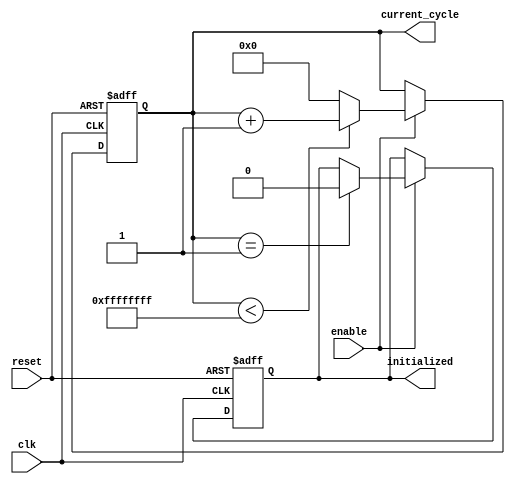
module clock_cycle_initialization (
    input  wire clk,            // Clock signal
    input  wire reset,          // Asynchronous reset signal
    input  wire enable,         // Control signal to enable counting
    output reg  [31:0] current_cycle,  // Register to hold the current cycle count
    output reg  initialized     // Flag indicating initialization status
);

    // Parameters for maximum cycle count
    parameter MAX_CYCLES = 32'hFFFFFFFF;

    // Initial block for setup
    initial begin
        current_cycle = 32'h0;  // Initialize cycle count to zero
        initialized = 1'b0;     // Initialize the flag to not initialized
    end

    // Asynchronous reset and counting logic
    always @(posedge clk or posedge reset) begin
        if (reset) begin
            // On reset, initialize values
            current_cycle <= 32'h0;
            initialized <= 1'b1; // Indicate the system is in the initialization phase
        end else if (enable) begin
            // If the system is enabled, increment the cycle count
            if (current_cycle < MAX_CYCLES) begin
                current_cycle <= current_cycle + 1;
            end else begin
                current_cycle <= 32'h0; // Reset to zero if max cycles reached
            end
            
            // After the first increment, the system is now operational
            if (current_cycle == 32'h1) begin
                initialized <= 1'b0; // Clear initialization flag after first increment
            end
        end
    end

endmodule